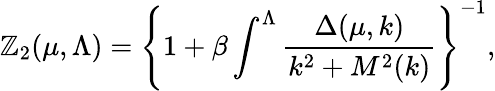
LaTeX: \mathbb{Z}_{2}(\mu,\Lambda)=\left\{ 1+\beta\int^{\Lambda}\frac{{\Delta(\mu,k)}}{{k^{2}+M^{2}(k)}}\right\} ^{-1},